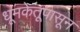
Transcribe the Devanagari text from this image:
धूमकेतूपासून